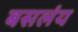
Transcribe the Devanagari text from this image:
बसलंय